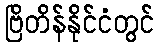
ဗြိတိန်နိုင်ငံတွင်